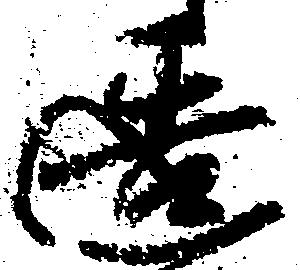
造